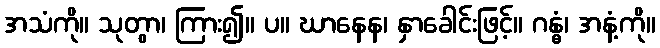
အသံကို။ သုတွာ၊ ကြား၍။ ပ။ ဃာနေန၊ နှာခေါင်းဖြင့်။ ဂန္ဓံ၊ အနံ့ကို။